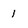
Character: I